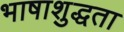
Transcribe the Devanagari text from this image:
भाषाशुद्धता